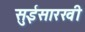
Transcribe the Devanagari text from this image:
सुईसारखी